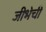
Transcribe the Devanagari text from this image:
जीभेची